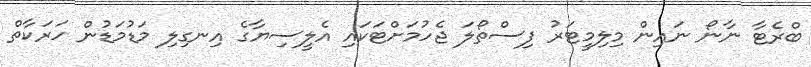
ބްރެޓާ ނާނޯ ނައިން މިލިމީޓަރު ފިސްތޯލަ ޖެހުމަށްޓަކައި އެލީސިޔާގެ އިނގިލި މަޑުމަޑުން ހަރަކާތް